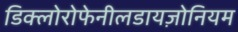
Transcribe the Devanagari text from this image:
डिक्लोरोफेनीलडायज़ोनियम